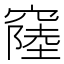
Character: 𥨁